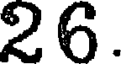
26.